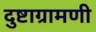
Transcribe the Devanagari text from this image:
दुष्टाग्रामणी